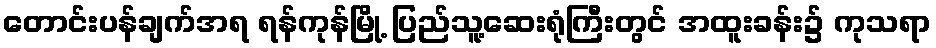
တောင်းပန်ချက်အရ ရန်ကုန်မြို့ ပြည်သူ့ဆေးရုံကြီးတွင် အထူးခန်း၌ ကုသရာ